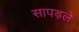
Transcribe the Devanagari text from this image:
सापड़ले